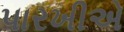
પારખીએ